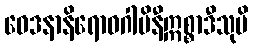
ဝေဒနာနိရောဓဂါမိနီဣစ္စာဒီသုပိ